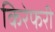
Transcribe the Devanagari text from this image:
किरेफरी